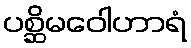
ပစ္ဆိမဝေါဟာရံ